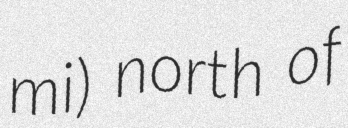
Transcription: mi) north of